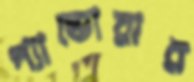
প্যান্ডোরার